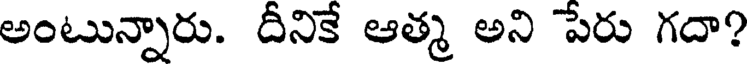
అంటున్నారు. దీనికే ఆత్మ అని పేరు గదా?